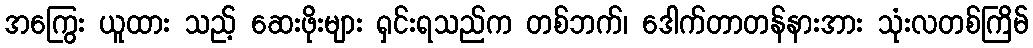
အကြွေး ယူထား သည့် ဆေးဖိုးများ ရှင်းရသည်က တစ်ဘက်၊ ဒေါက်တာတန်နားအား သုံးလတစ်ကြိမ်